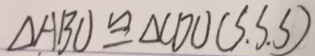
\Delta A B O \cong \Delta C D O ( S . S . S )